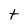
Character: t